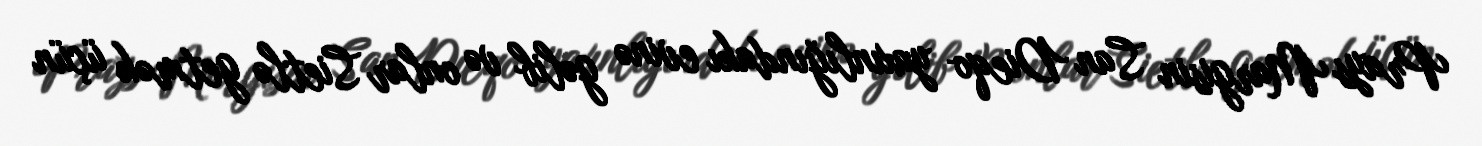
Prays Margisin San Dieqo yaxınlığındakı evinə gəlib və onlar Sietlə getmək üçün